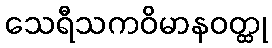
သေရီသကဝိမာနဝတ္ထု